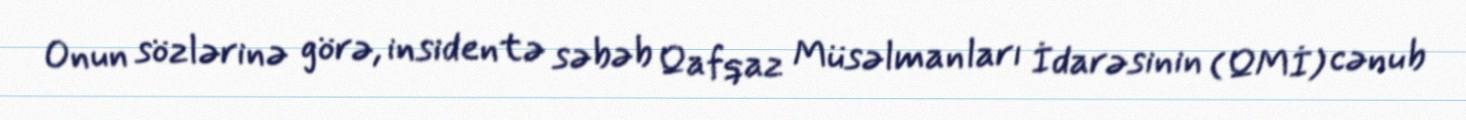
Onun sözlərinə görə, insidentə səbəb Qafqaz Müsəlmanları İdarəsinin (QMİ) cənub